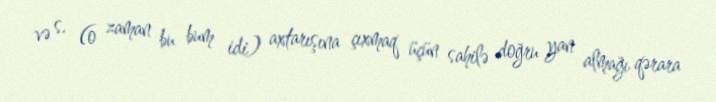
və s. (o zaman bu bum idi) axtarışına çıxmaq üçün sahilə doğru yan almağı qərara